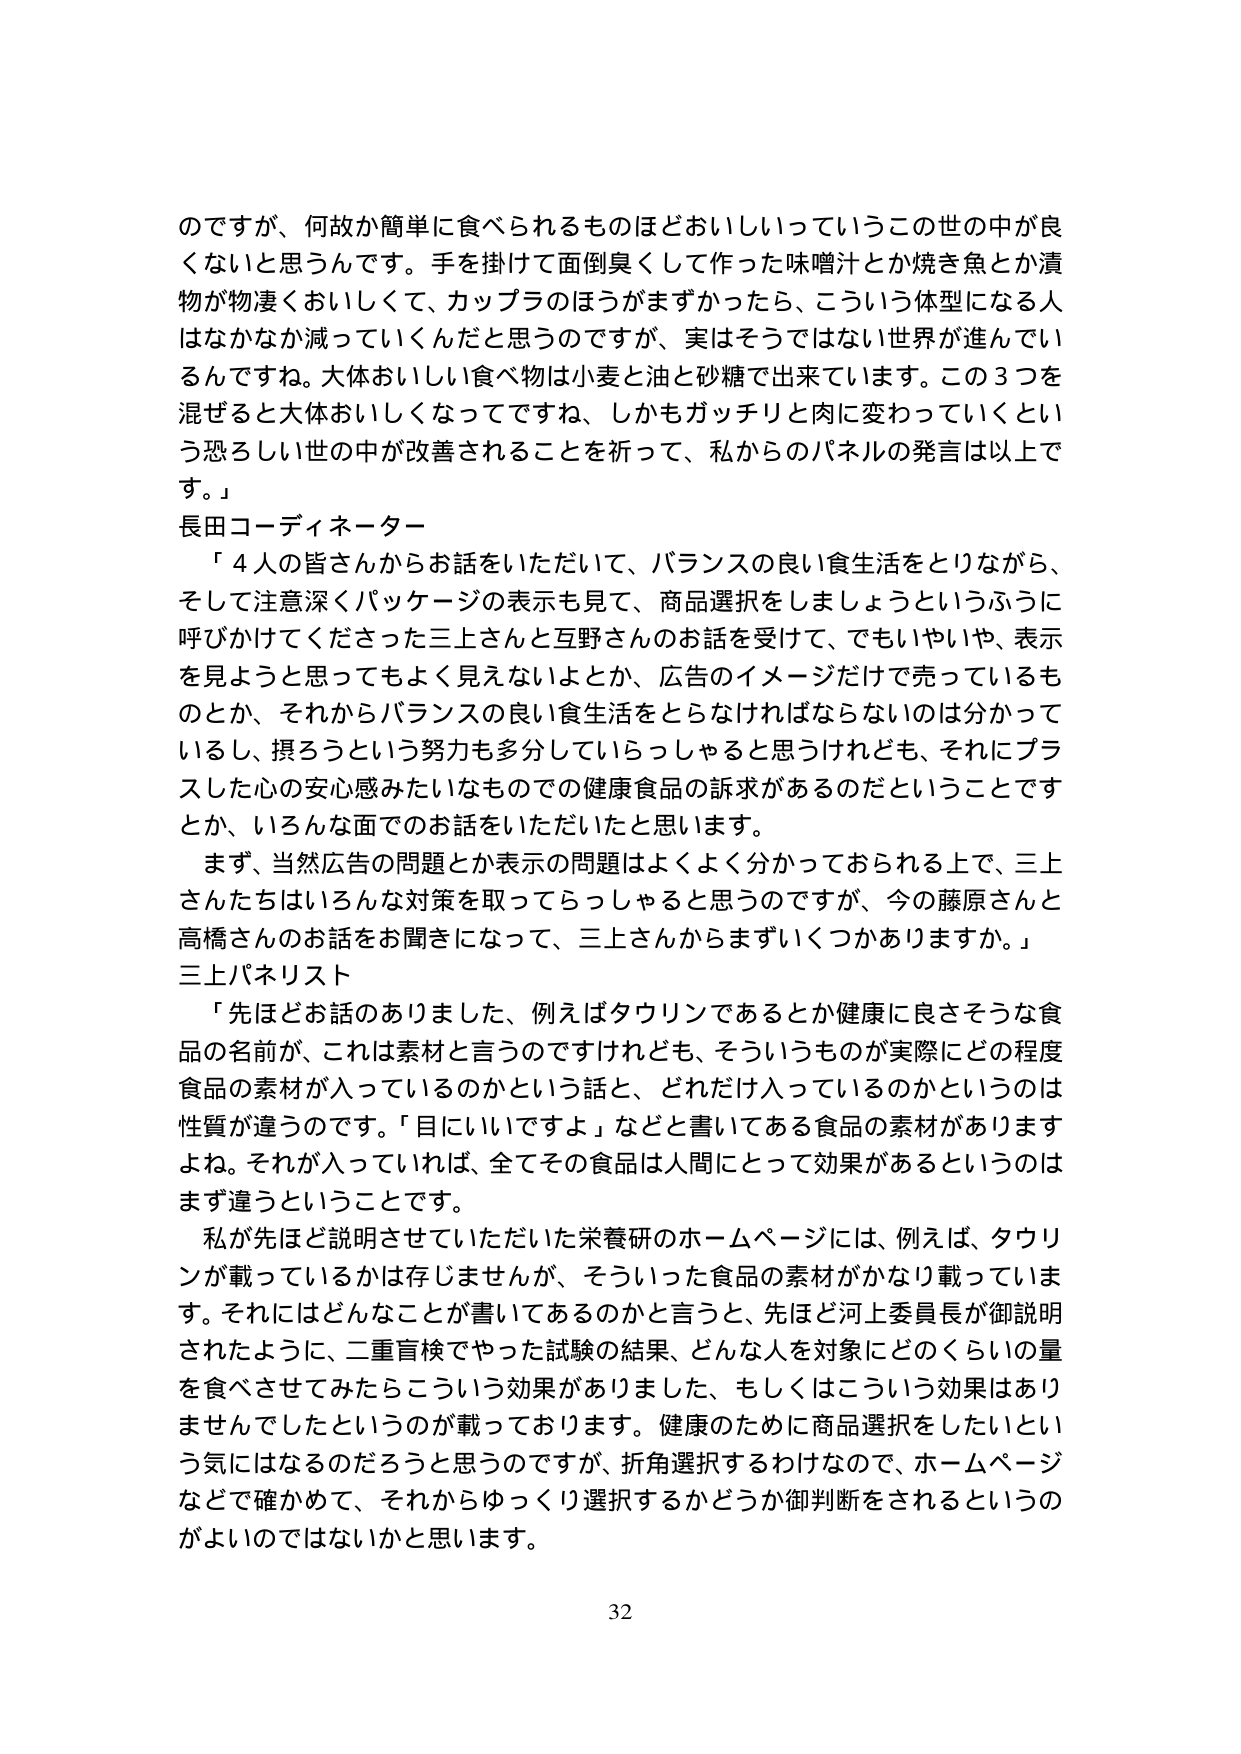
のですが、何故か簡単に食べられるものほどおいしいうこうの世の中が良くないと思うんです。手を掛けて面倒臭くして作った味噌汁とか焼き魚とか漬物が物凄くおいしくて、カップラのほうがまずかったら、こういう体型になる人はなかなか減っていくんだと思うのですが、実はそうではない世界が進んでいるんですね。大体おいしい食べ物は小麦と油と砂糖で出来ています。この3つを混ぜると大体おいしくなってですね、しかもガッチリと肉に変わっていくという恐ろしい世の中が改善されることを祈って、私からのパネルの発言は以上です。」

長田コーディネーター
「4人の皆さんからお話をしていただいて、バランスの良い食生活をとりながら、そして注意深くパッケージの表示も見て、商品選択をしましょうというふうに呼びかけてくださった三上さんと互野さんのお話を受けて、でもいやいや、表示を見ようと思ってもよく見えないよとか、広告のイメージだけで売っているものとか、それからバランスの良い食生活をとらなければならないのは分かっているし、摂ろうという努力も多分していらっしゃると思うけれども、それにプラスした心の安心感みたいなものでの健康食品の訴求があるのだということですとか、いろんな面でのお話をしていただいたと思います。

まず、当然広告の問題とか表示の問題はよくよく分かっておられる上で、三上さんたちはいろんな対策を取ってらっしゃると思うのですが、今の藤原さんと高橋さんのお話を聞きになって、三上さんからまずいくつかありますか。」

三上パネリスト
「先ほどお話のありました、例えばタウリンであるとか健康に良さそうな食品の名前が、これは素材と言うのですけれども、そういうものが実際にどの程度食品の素材が入っているのかという話と、どれだけ入っているのかというのは性質が違うのです。「目にいいですよ」などと書いてある食品の素材がありますよね。それが入っていれば、全てその食品は人間にとって効果があるというのはまず違うということです。

私が先ほど説明させていただいた栄養研のホームページには、例えば、タウリンが載っているかは存じませんが、そういった食品の素材がかなり載っています。それにはどんなことが書いてあるのかと言うと、先ほど河上委員長が御説明されたように、二重盲検でやった試験の結果、どんな人を対象にどのくらいの量を食べさせてみたらこういう効果がありました、もしくはこういう効果はありませんでしたというのが載っております。健康のために商品選択をしたいという気にはなるのだろうと思うのですが、折角選択するわけなので、ホームページなどで確かめて、それからゆっくり選択するかどうか御判断をされるというのがよいのではないかと思います。

32